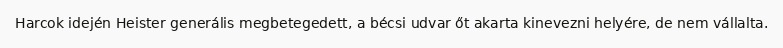
Harcok idején Heister generális megbetegedett, a bécsi udvar őt akarta kinevezni helyére, de nem vállalta.